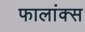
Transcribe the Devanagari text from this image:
फालांक्स